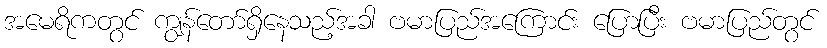
အမေရိကတွင် ကျွန်တော်ရှိနေသည့်အခါ ဗမာပြည်အကြောင်း ပြောပြီး ဗမာပြည်တွင်